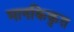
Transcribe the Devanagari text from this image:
मानकिकृत